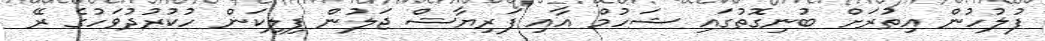
ފުލުހުން އިތުރަށް ބުނިގޮތުގައި ޝަހުމް އާއި ފަރިޔާޝް ޖަލުން ފިލިކަން ހުކުރުދުވަހުގެ ރޭ